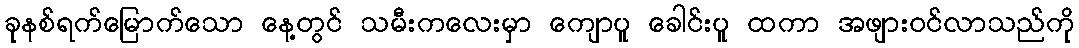
ခုနစ်ရက်မြောက်သော နေ့တွင် သမီးကလေးမှာ ကျောပူ ခေါင်းပူ ထကာ အဖျားဝင်လာသည်ကို